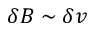
\delta B \sim \delta v